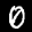
Label: 0